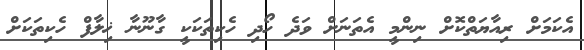
އެކަމަށް ރިއާޔަތްކޮށް ނިންމީ އެތަނަށް ވަދެ ހޯދި ހެކިތަކަކީ ގާނޫނާ ޚިލާފް ހެކިތަކަށް